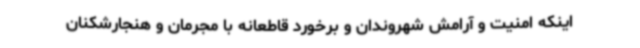
اینکه امنیت و آرامش شهروندان و برخورد قاطعانه با مجرمان و هنجارشکنان